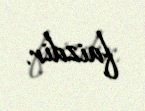
faizdir.